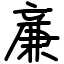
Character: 亷